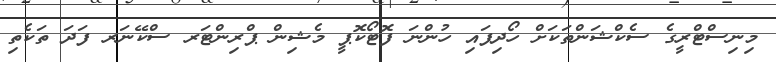
މިނިސްޓްރީގެ ސެކްޝަންތަކަށް ހޯދިފައި ހުންނަ ފޮޓޯކޮޕީ މެޝިން ޕްރިންޓަރ ސްކޭނަރ ފަދަ ތަކެތި